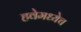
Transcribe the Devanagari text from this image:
हवेमध्येच